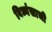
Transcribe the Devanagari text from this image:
विध्वंसाची